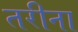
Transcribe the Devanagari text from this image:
तरीना